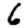
Digit: 6